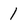
Character: 1